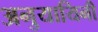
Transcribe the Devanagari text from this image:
अनुयायिनी